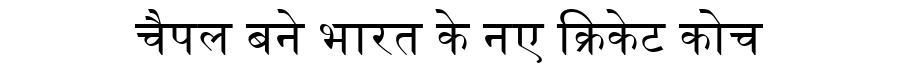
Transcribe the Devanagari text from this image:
चैपल बने भारत के नए क्रिकेट कोच